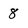
Character: 8